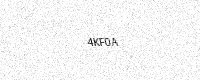
Text: 4KF0A